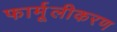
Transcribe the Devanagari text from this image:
फार्मूलीकरण